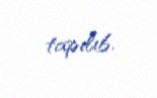
tapılıb.